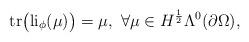
LaTeX: \begin{align*} \mathrm{tr}\big(\mathrm{li}_{\phi}(\mu)\big)=\mu,\ \forall\mu\in H^{\frac{1}{2}}\Lambda^{0}(\partial\Omega),\end{align*}